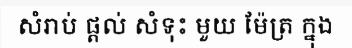
សំរាប់ ផ្តល់ សំទុះ មួយ ម៉ែត្រ ក្នុង